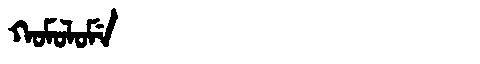
Manchu: ᡴᠣᠮᠣᠯᠣᠮᡝ
Romanization: KOMOLOME